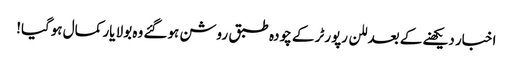
اخبار دیکھنے کے بعد للن رپورٹر کے چودہ طبق روشن ہوگئے وہ بولا یار کمال ہوگیا!